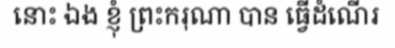
នោះ ឯង ខ្ញុំ ព្រះករុណា បាន ធ្វើដំណើរ